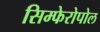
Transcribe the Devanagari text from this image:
सिम्फेरोपोल